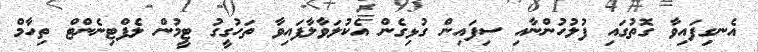
އެނގިފައިވާ ގޮތުގައި ފުލުހުންނާއި ސިފައިން ގުޅިގެން އެކުލަވާލާފައިވާ ތަހުގީގު ޓީމުން ލެފްޓިނެންޓް ތިހާމް